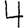
Digit: 4